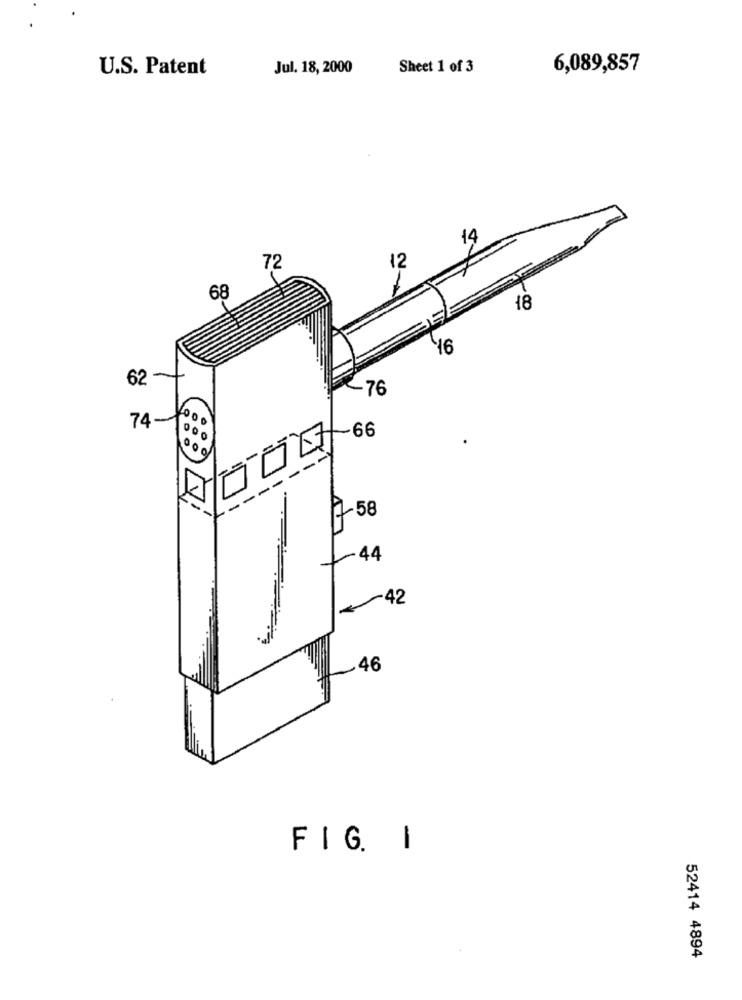
U.S. Patent
Jul. 18, 2000
Sheet 1 of 3
6,089,857
14
72
12
68
18
46
62
~76
74-
1000
--- - -
K
7 58
1-44
42
.46
FIG. I
52414 4894